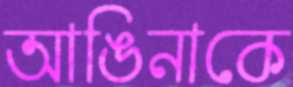
আঙিনাকে